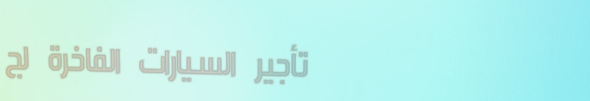
تأجير السيارات الفاخرة لج